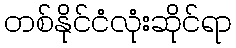
တစ်နိုင်ငံလုံးဆိုင်ရာ